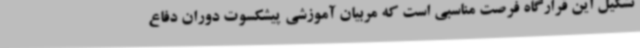
تشکیل این قرارگاه فرصت مناسبی است که مربیان آموزشی پیشکسوت دوران دفاع